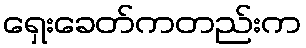
ရှေးခေတ်ကတည်းက